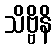
သိဗ္ဗိနိ